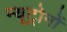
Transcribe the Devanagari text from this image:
न्यूट्रोनों